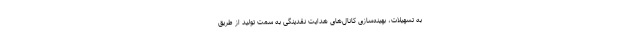
به تسهیلات، بهینه‌سازی کانال‌های هدایت نقدینگی به سمت تولید از طریق